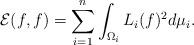
LaTeX: \begin{align*}\mathcal{E} (f,f) = \sum_{i=1}^n \int_{\Omega_i} L_i(f)^2 d\mu_i. \end{align*}